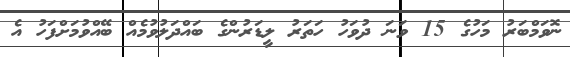
ނޮވަމްބަރު މަހުގެ 15 ވަނަ ދުވަހު ހަތަރު ލީޑަރުންގެ ބައްދަލުވުމެއް ބޭއްވުމަށްފަހު އެ